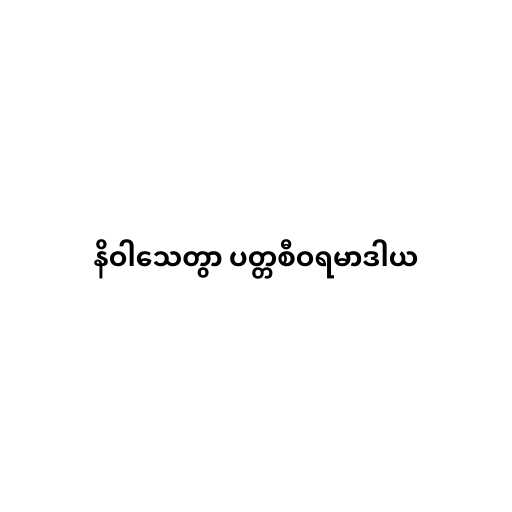
နိဝါသေတွာ ပတ္တစီဝရမာဒါယ